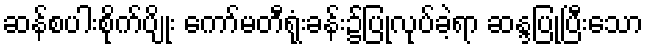
ဆန်စပါးစိုက်ပျိုး ကော်မတီရုံးခန်း၌ပြုလုပ်ခဲ့ရာ ဆန္ဒပြုပြီးသော